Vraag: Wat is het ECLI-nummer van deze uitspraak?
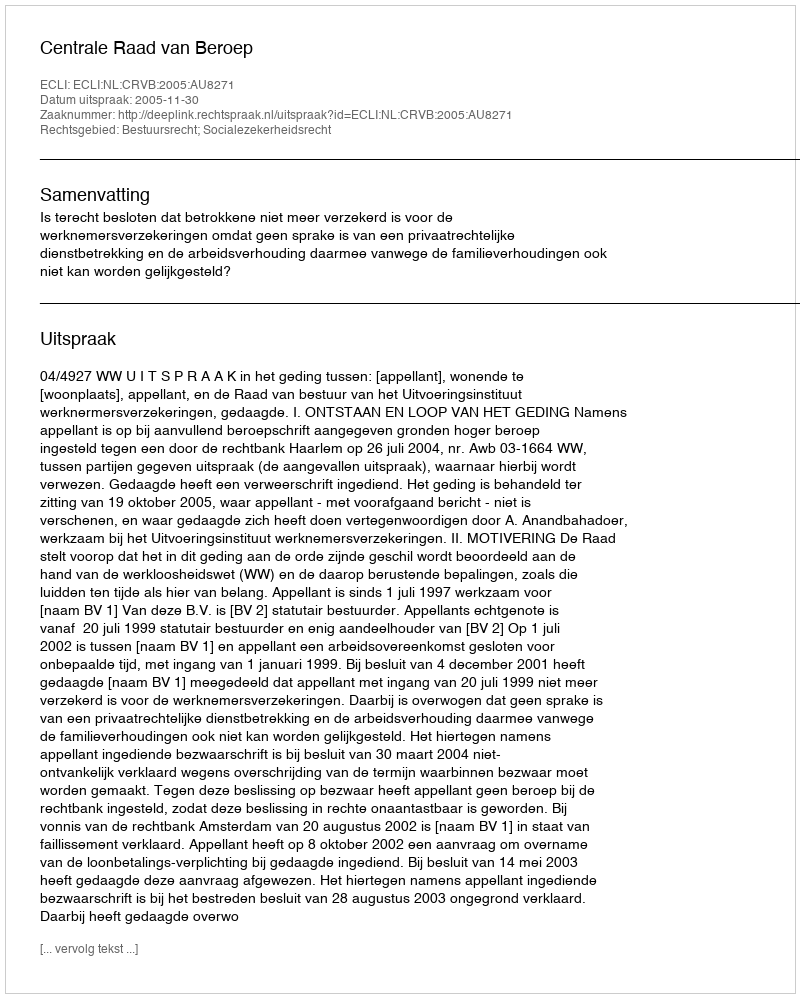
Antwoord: ECLI:NL:CRVB:2005:AU8271